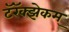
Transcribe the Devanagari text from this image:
टॅरॅक्झेकम्‌